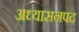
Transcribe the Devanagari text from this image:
अध्यासनपद